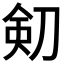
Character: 𠝏